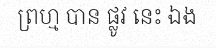
ព្រហ្ម បាន ផ្លូវ នេះ ឯង